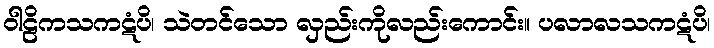
ဝါဠိကသကဋံပိ၊ သဲတင်သော လှည်းကိုလည်းကောင်း။ ပလာလသကဋံပိ၊